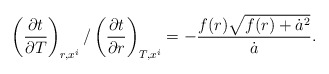
\begin{align*}\left(\frac{\partial t}{\partial T}\right)_{r,x^i}/\left(\frac{\partial t}{\partial r}\right)_{T,x^i} = -\frac{f(r)\sqrt{f(r)+\dot{a}^2}}{\dot{a}}.\end{align*}